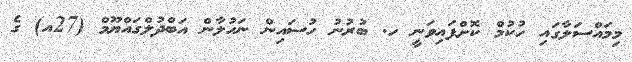
މިމައްސަލާގައި ހުކުމް ކޮށްފައިވަނީ ހ. ބުރުނު ހުސައިން ނަހުލާން އަބްދުލްގައްޔޫމް (27އ) ގެ